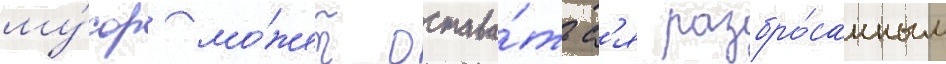
му́сор мо́жет остава́тьс'я разбро́санным